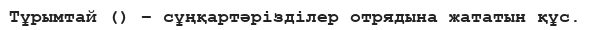
Тұрымтай () – сұңқартәрізділер отрядына жататын құс.